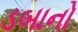
ડબાનો